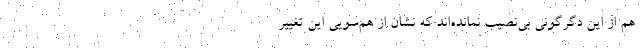
هم از این دگرگونی بی‌نصیب نمانده‌اند که نشان از هم‌سویی این تغییر